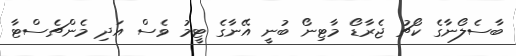
ބާސެލޯނާގެ ކޯޗު ޖެރާޑޯ މާޓިނޯ ބުނީ އޭނާގެ ޓީމު ވެސް އަދި މެންޗެސްޓާ